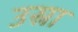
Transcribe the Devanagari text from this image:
उस्रा